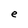
Character: e